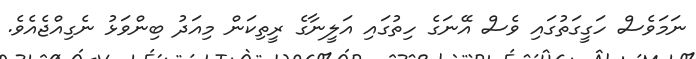
ނަމަވެސް ހަގީގަތުގައި ވެސް އޭނަގެ ހިތުގައި އަލީނާގެ ރީތިކަން މިއަދު ބިންވަޅު ނެގިއްޖެއެވެ.